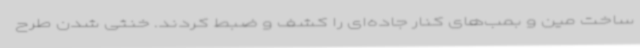
ساخت مین و بمب‌های کنار جاده‌ای را کشف و ضبط کردند. خنثی شدن طرح